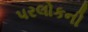
પરલોકની